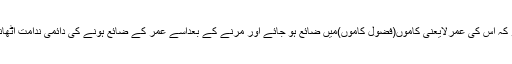
ایسانہ ہو کہ اس کی عمرلایعنی کاموں(فضول کاموں)میں ضائع ہو جائے اور مرنے کے بعداسے عمر کے ضائع ہونے کی دائمی ندامت اٹھانی پڑے۔